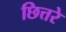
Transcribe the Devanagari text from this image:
छित्तरे